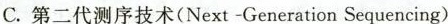
C.第二代测序技术(Next-Generation Sequencing)